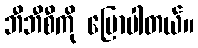
ဘီဘီစီကို ပြောပါတယ်။